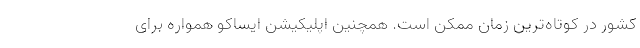
کشور در کوتاه‌ترین زمان ممکن است. همچنین اپلیکیشن ایساکو همواره برای